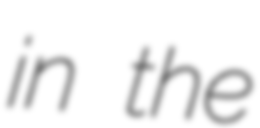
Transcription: in the